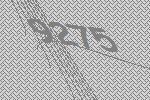
9275